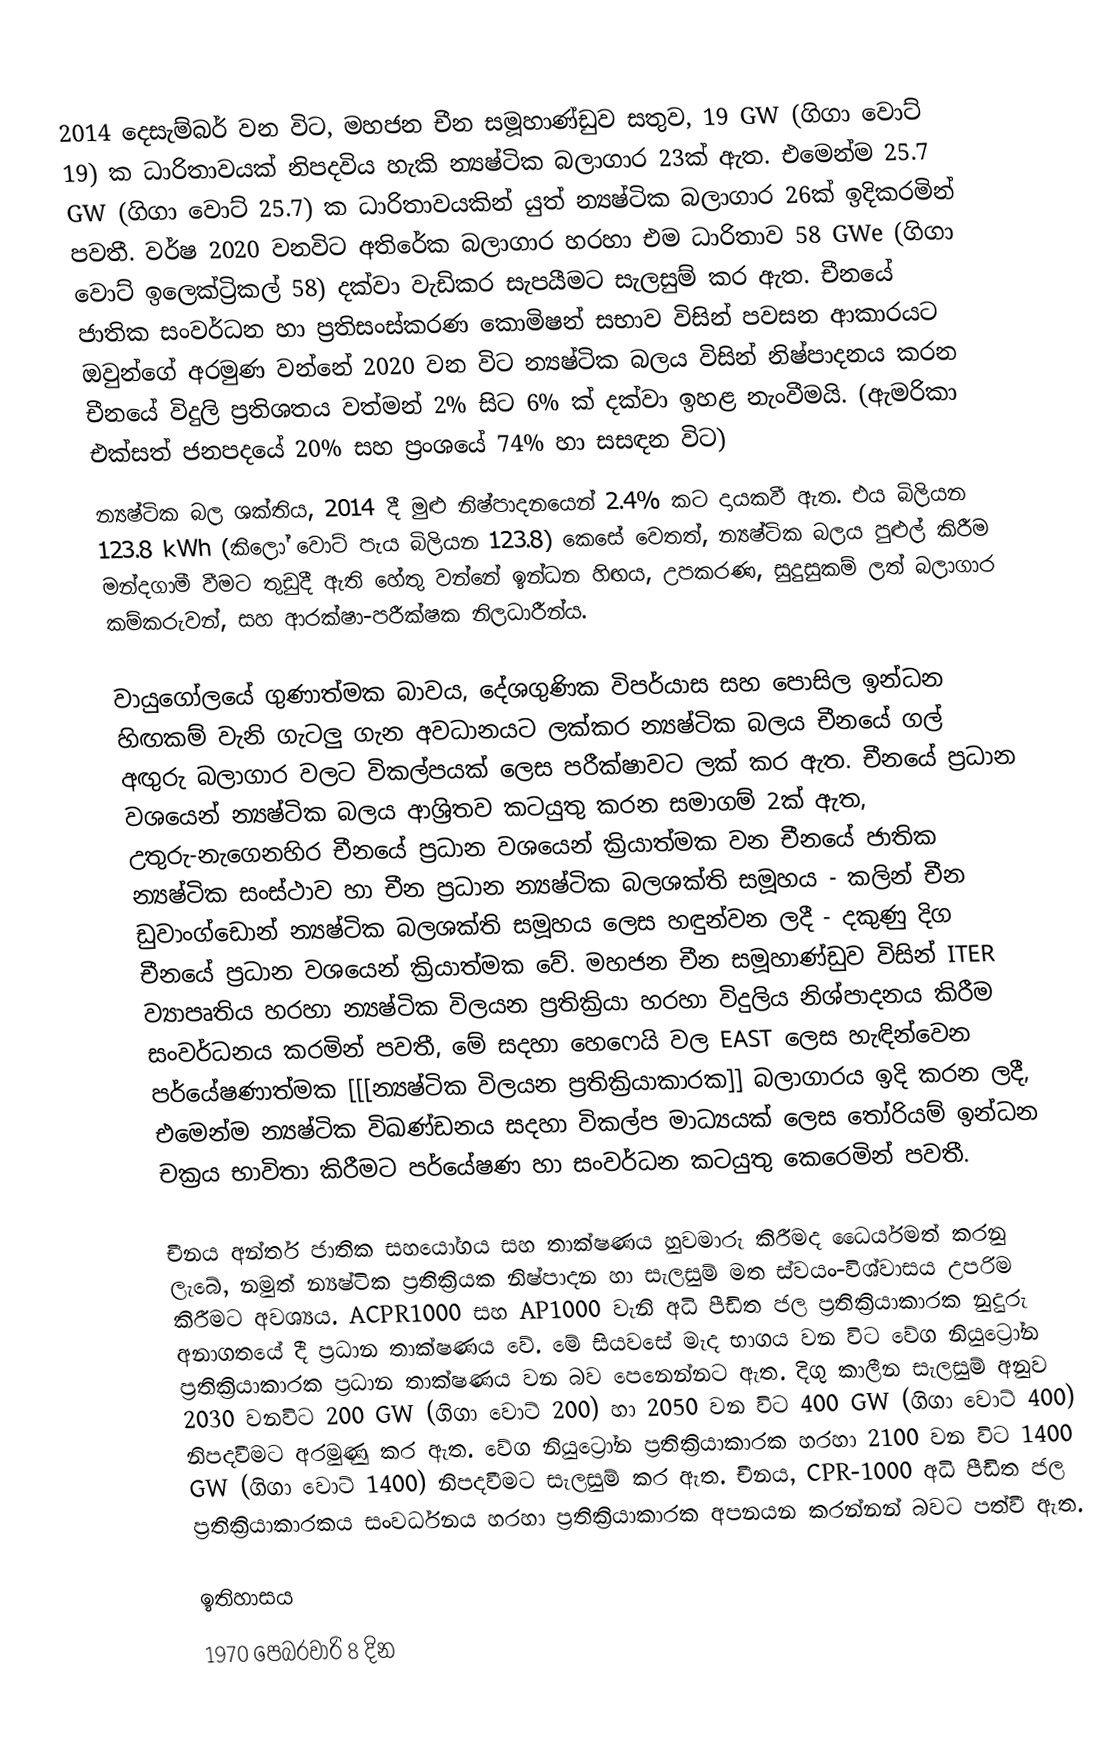
2014 දෙසැම්බර් වන විට, මහජන චීන සමූහාණ්ඩුව සතුව, 19 GW (ගිගා වොට් 19) ක ධාරිතාවයක් නිපදවිය හැකි න්‍යෂ්ටික බලාගාර 23ක් ඇත. එමෙන්ම 25.7 GW (ගිගා වොට් 25.7) ක ධාරිතාවයකින් යුත් න්‍යෂ්ටික බලාගාර 26ක් ඉදිකරමින් පවතී. වර්ෂ 2020 වනවිට අතිරේක බලාගාර හරහා එම ධාරිතාව 58 GWe (ගිගා වොට් ඉලෙක්ට්‍රිකල් 58) දක්වා වැඩිකර සැපයීමට සැලසුම් කර ඇත. චීනයේ ජාතික සංවර්ධන හා ප්‍රතිසංස්කරණ කොමිෂන් සභාව විසින් පවසන ආකාරයට ඔවුන්ගේ අරමුණ වන්නේ 2020 වන විට න්‍යෂ්ටික බලය විසින් නිෂ්පාදනය කරන චීනයේ විදුලි ප්‍රතිශතය වත්මන් 2% සිට 6% ක් දක්වා ඉහළ නැංවීමයි. (ඇමරිකා එක්සත් ජනපදයේ 20% සහ ප්‍රංශයේ 74% හා සසඳන විට)
න්‍යෂ්ටික බල ශක්තිය, 2014 දී මුළු නිෂ්පාදනයෙන් 2.4% කට දායකවී ඇත. එය බිලියන 123.8 kWh (කිලෝ වොට් පැය බිලියන 123.8) කෙසේ වෙතත්, න්‍යෂ්ටික බලය පුළුල් කිරීම මන්දගාමී වීමට තුඩුදී ඇති හේතු වන්නේ ඉන්ධන හිඟය, උපකරණ, සුදුසුකම් ලත් බලාගාර කම්කරුවන්, සහ ආරක්ෂා-පරීක්ෂක නිලධාරීන්ය.

වායුගෝලයේ ගුණාත්මක බාවය, දේශගුණික විපර්යාස සහ පොසිල ඉන්ධන හිඟකම් වැනි ගැටලු ගැන අවධානයට ලක්කර න්‍යෂ්ටික බලය චීනයේ ගල් අඟුරු බලාගාර වලට විකල්පයක් ලෙස පරීක්ෂාවට ලක් කර ඇත. චීනයේ ප්‍රධාන වශයෙන් න්‍යෂ්ටික බලය ආශ්‍රිතව කටයුතු කරන සමාගම් 2ක් ඇත, උතුරු-නැගෙනහිර චීනයේ ප්‍රධාන වශයෙන් ක්‍රියාත්මක වන චීනයේ ජාතික න්‍යෂ්ටික සංස්ථාව හා චීන ප්‍රධාන න්‍යෂ්ටික බලශක්ති සමූහය - කලින් චීන ඩුවාංග්ඩොන් න්‍යෂ්ටික බලශක්ති සමූහය ලෙස හඳුන්වන ලදී - දකුණු දිග චීනයේ ප්‍රධාන වශයෙන් ක්‍රියාත්මක වේ. මහජන චීන සමූහාණ්ඩුව විසින් ITER ව්‍යාපෘතිය හරහා න්‍යෂ්ටික විලයන ප්‍රතික්‍රියා හරහා විදුලිය නිශ්පාදනය කිරීම සංවර්ධනය කරමින් පවතී, මේ සදහා හෙෆෙයි වල EAST ලෙස හැඳින්වෙන පර්යේෂණාත්මක [[[න්‍යෂ්ටික විලයන ප්‍රතික්‍රියාකාරක]] බලාගාරය ඉදි කරන ලදී, එමෙන්ම න්‍යෂ්ටික විඛණ්ඩනය සදහා විකල්ප මාධ්‍යයක් ලෙස තෝරියම් ඉන්ධන චක්‍රය භාවිතා කිරීමට පර්යේෂණ හා සංවර්ධන කටයුතු කෙරෙමින් පවතී.

චීනය අන්තර් ජාතික සහයෝගය සහ තාක්ෂණය හුවමාරු කිරීමද ධෛර්යමත් කරනු ලැබේ, නමුත් න්‍යෂ්ටික ප්‍රතික්‍රියක නිෂ්පාදන හා සැලසුම් මත ස්වයං-විශ්වාසය උපරිම කිරීමට අවශ්‍යය. ACPR1000 සහ AP1000 වැනි අධි පීඩිත ජල ප්‍රතික්‍රියාකාරක නුදුරු අනාගතයේ දී ප්‍රධාන තාක්ෂණය වේ. මේ සියවසේ මැද භාගය වන විට වේග නියුට්‍රෝන ප්‍රතික්‍රියාකාරක ප්‍රධාන තාක්ෂණය වන බව පෙනෙන්නට ඇත. දිගු කාලීන සැලසුම් අනුව 2030 වනවිට 200 GW (ගිගා වොට් 200) හා 2050 වන විට 400 GW  (ගිගා වොට් 400) නිපදවීමට අරමුණු කර ඇත. වේග නියුට්‍රෝන ප්‍රතික්‍රියාකාරක හරහා 2100 වන විට 1400 GW (ගිගා වොට් 1400) නිපදවීමට සැලසුම් කර ඇත. චීනය, CPR-1000 අධි පීඩිත ජල ප්‍රතික්‍රියාකාරකය සංවර්ධනය හරහා ප්‍රතික්‍රියාකාරක අපනයන කරන්නන් බවට පත්වී ඇත.

ඉතිහාසය
1970 පෙබරවාරි 8 දින